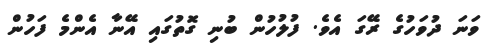
ވަނަ ދުވަހުގެ ރޭގަ އެވެ. ފުލުހުން ބުނި ގޮތުގައި އޭނާ އެންމެ ފަހުން